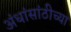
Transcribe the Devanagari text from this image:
अंधांसांठीच्या